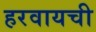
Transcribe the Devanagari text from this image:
हरवायची